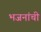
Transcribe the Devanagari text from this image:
भजनांची